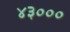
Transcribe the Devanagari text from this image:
४३०००